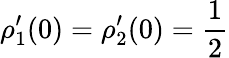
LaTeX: \rho_{1}^{\prime}(0)=\rho_{2}^{\prime}(0)=\frac{1}{2}